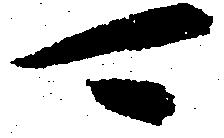
可